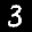
Label: 3